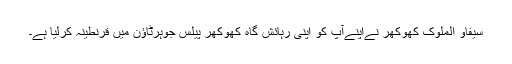
سیفاو الملوک کھوکھر نےاپنےآپ کو اپنی رہائش گاہ کھوکھر پیلس جوہرٹاؤن میں قرنطینہ کرلیا ہے۔